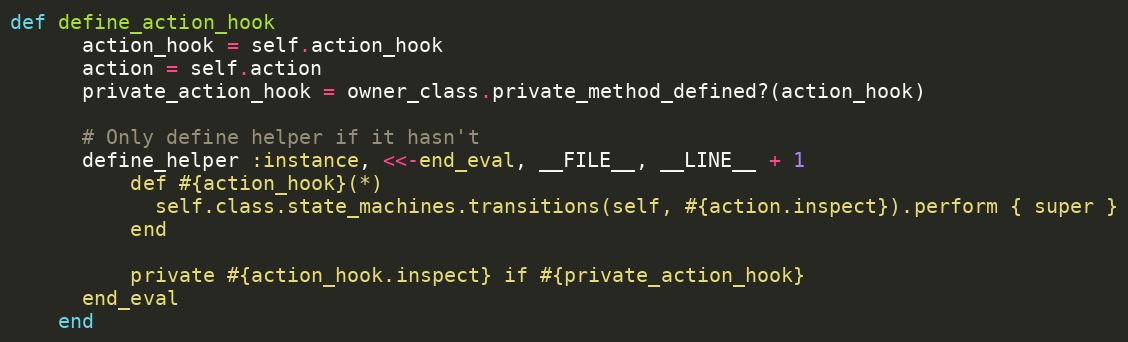
Language: Ruby
def define_action_hook
      action_hook = self.action_hook
      action = self.action
      private_action_hook = owner_class.private_method_defined?(action_hook)

      # Only define helper if it hasn't
      define_helper :instance, <<-end_eval, __FILE__, __LINE__ + 1
          def #{action_hook}(*)
            self.class.state_machines.transitions(self, #{action.inspect}).perform { super }
          end

          private #{action_hook.inspect} if #{private_action_hook}
      end_eval
    end